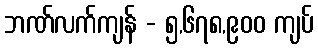
ဘဏ်လက်ကျန် - ၅,၆၇၈,၉၀၀ ကျပ်